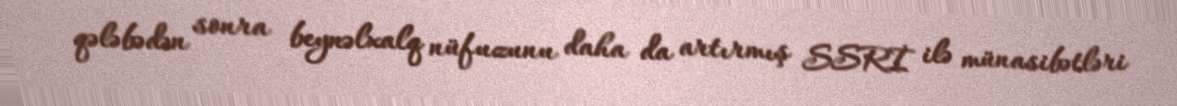
qələbədən sonra beynəlxalq nüfuzunu daha da artırmış SSRİ ilə münasibətləri